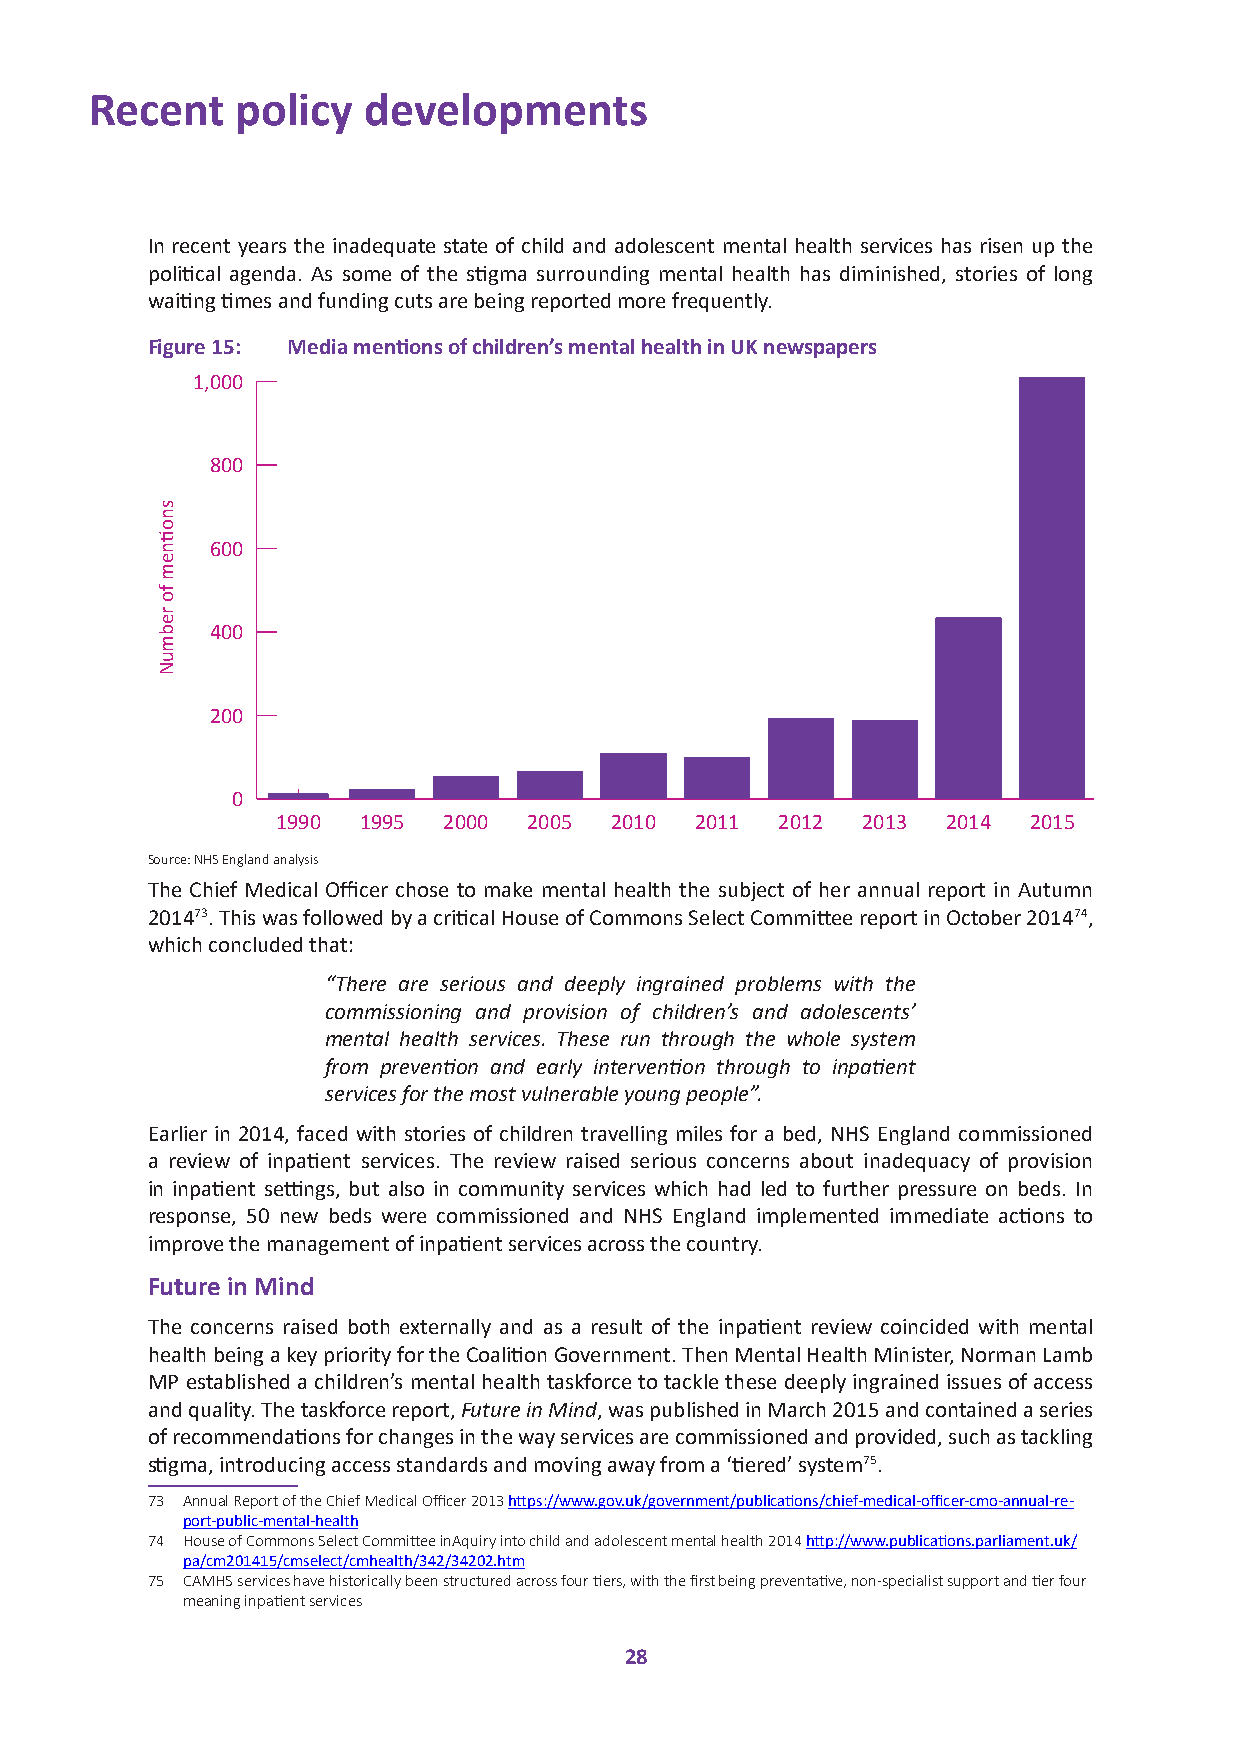
Recent    policy  developments
 In recent years the inadequate state of child and adolescent mental health services has risen up the
 political agenda. As some of the stigma surrounding mental health has diminished, stories of long
 waiting times and funding cuts are being reported more frequently.
 Figure 15: Media mentions of children’s mental health in UK newspapers
 1,000
 800
 600
 400
 200
 0
 1990  1995 2000  2005 2010  2011  2012 2013  2014 2015
 Source: NHS England analysis
 The Chief Medical Officer chose to make mental health the subject of her annual report in Autumn
 201473. This was followed by a critical House of Commons Select Committee report in October 201474,
 which concluded that:
 “There are serious and deeply ingrained problems with the
 commissioning and provision of children’s and adolescents’
 mental health services. These run through the whole system
 from prevention and early intervention through to inpatient
 services for the most vulnerable young people”.
 Earlier in 2014, faced with stories of children travelling miles for a bed, NHS England commissioned
 a review of inpatient services. The review raised serious concerns about inadequacy of provision
 in inpatient settings, but also in community services which had led to further pressure on beds. In
 response, 50 new beds were commissioned and NHS England implemented immediate actions to
 improve the management of inpatient services across the country.
 Future in Mind
 The concerns raised both externally and as a result of the inpatient review coincided with mental
 health being a key priority for the Coalition Government. Then Mental Health Minister, Norman Lamb
 MP established a children’s mental health taskforce to tackle these deeply ingrained issues of access
 and quality. The taskforce report, Future in Mind, was published in March 2015 and contained a series
 of recommendations for changes in the way services are commissioned and provided, such as tackling
 stigma, introducing access standards and moving away from a ‘tiered’ system75.
 73 Annual Report of the Chief Medical Officer 2013 https://www.gov.uk/government/publications/chief-medical-officer-cmo-annual-re-
 port-public-mental-health
 74 House of Commons Select Committee inAquiry into child and adolescent mental health 2014 http://www.publications.parliament.uk/
 pa/cm201415/cmselect/cmhealth/342/34202.htm
 75 CAMHS services have historically been structured across four tiers, with the first being preventative, non-specialist support and tier four
 meaning inpatient services
 28
 snotinem
 fo
 rebmuN